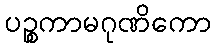
ပဉ္စကာမဂုဏိကော